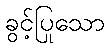
ခွင့်ပြုသော